Indian journal of veterinary science and animal husbandry - Volume 10,
Year: 1940
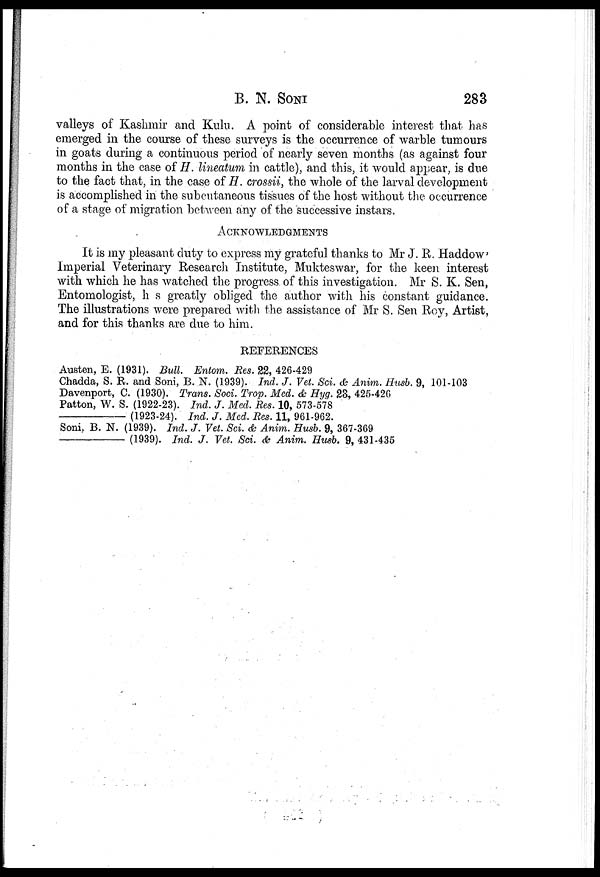
B. N. SONI 283
valleys of Kashmir and Kulu. A point of considerable interest that has
emerged in the course of these surveys is the occurrence of warble tumours
in goats during a continuous period of nearly seven months (as against four
months in the case of H. lineatum in cattle), and this, it would appear, is due
to the fact that, in the case of H. crossii, the whole of the larval development
is accomplished in the subcutaneous tissues of the host without the occurrence
of a stage of migration between any of the successive instars.
ACKNOWLEDGMENTS
It is my pleasant duty to express my grateful thanks to Mr J. R. Haddow'
Imperial Veterinary Research Institute, Mukteswar, for the keen interest
with which he has watched the progress of this investigation. Mr S. K. Sen,
Entomologist, h s greatly obliged the author with his constant guidance.
The illustrations were prepared with the assistance of Mr S. Sen Roy, Artist,
and for this thanks are due to him.
REFERENCES
Austen, E. (1931). Bull. Entom. Res. 22, 426-429
Chadda, S. R. and Soni, B. N. (1939). Ind. J. Vet. Sci. & Anim. Husb. 9, 101-103
Davenport, C. (1930). Trans. Soci. Trop. Med. & Hyg. 23, 425-426
Patton, W. S. (1922-23). Ind. J. Med. Res. 10, 573-578
—(1923-24).
Ind. J. Med. Res. 11, 961-962.
Soni, B. N. (1939). Ind. J. Vet. Sci. & Anim. Husb. 9, 367-369
—(1939).
Ind. J. Vet. Sci. & Anim. Husb. 9, 431-435